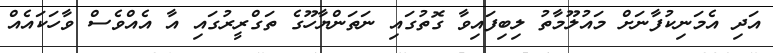
އަދި އެމަނިކުފާނަށް މައުލޫމާތު ލިބިފައިވާ ގޮތުގައި ނަތަންޔާހޫގެ ތަގްރީރުގައި އާ އެއްވެސް ވާހަކައެއް